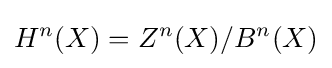
H^{n}(X)=Z^{n}(X)/B^{n}(X)